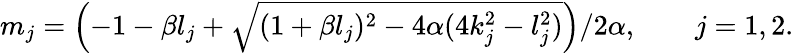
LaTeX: \begin{array}{r}{m_{j}=\left({-1-\beta l_{j}+\sqrt{(1+\beta l_{j})^{2}-4\alpha(4k_{j}^{2}-l_{j}^{2})}}\right)/{2\alpha},\qquad j=1,2.}\end{array}